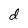
Character: d